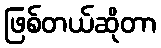
ဖြစ်တယ်ဆိုတာ